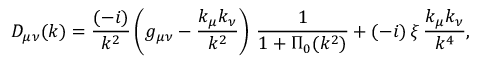
D _ { \mu \nu } ( k ) = \frac { ( - i ) } { k ^ { 2 } } \left( g _ { \mu \nu } - \frac { k _ { \mu } k _ { \nu } } { k ^ { 2 } } \right) \, \frac { 1 } { 1 + \Pi _ { 0 } ( k ^ { 2 } ) } + ( - i ) \, \xi \, \frac { k _ { \mu } k _ { \nu } } { k ^ { 4 } } ,